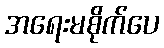
အရေးမစိုက်ပေ